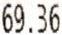
69.36